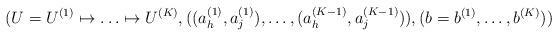
LaTeX: \begin{align*}(U = U^{(1)} \mapsto \ldots \mapsto U^{(K)}, ((a_h^{(1)}, a_j^{(1)}), \ldots, (a_h^{(K - 1)}, a_j^{(K - 1)})), (b = b^{(1)}, \ldots, b^{(K)}))\end{align*}